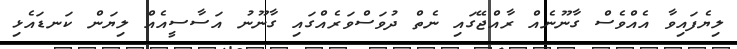
ލިޔެފައިވާ އެއްވެސް ގާނޫނެއް ރާއްޖޭގައި ނެތް ދުވަސްވަރެއްގައި ގާނޫނު އަސާސީއެއް ލިޔަން ކަނޑައެޅި